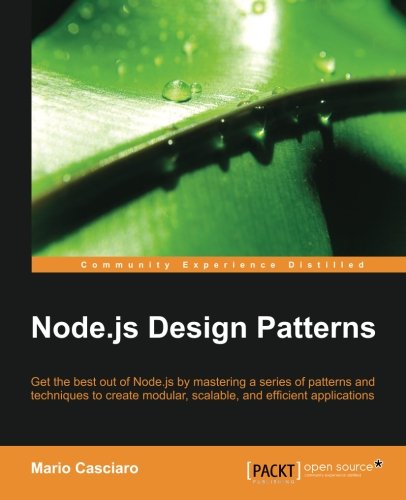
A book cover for Node.js Design Patterns; Mario Casciaro; Computers & Technology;